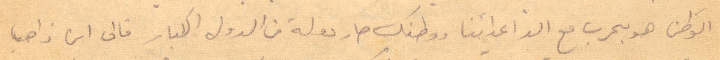
الوطن هو بحرب مع الد اعدائنا ووطنك صار دولة من الدولة الكبير غالى اين ذاهب